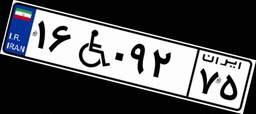
۱۶W۰۹۲۷۵